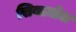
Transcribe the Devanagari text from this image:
सिबाज़ोल